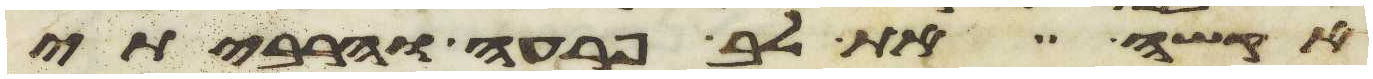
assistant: אקשה את לב פרעה והרביתי